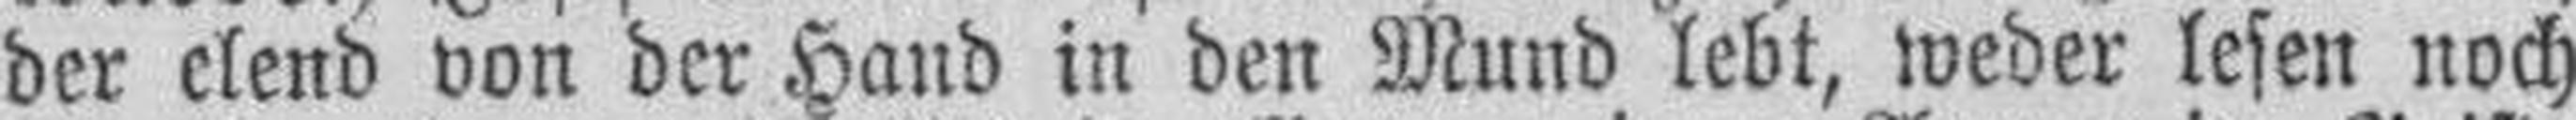
der elend von der Hand in den Mund lebt, weder lesen noch